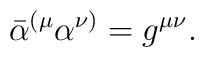
\bar \alpha^{(\mu} \alpha^{\nu)}=g^{\mu\nu} .